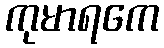
ကုမာရကေ